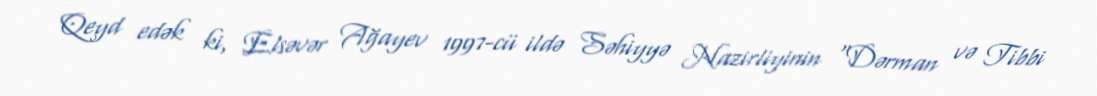
Qeyd edək ki, Elsəvər Ağayev 1997-cü ildə Səhiyyə Nazirliyinin "Dərman və Tibbi